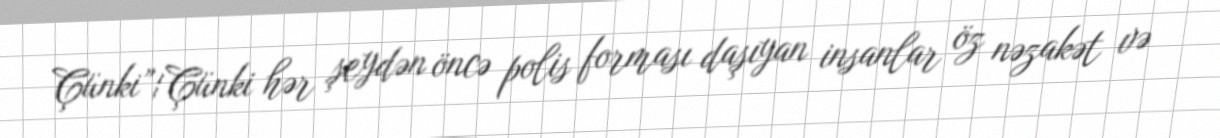
Çünki”¦Çünki hər şeydən öncə polis forması daşıyan insanlar öz nəzakət və